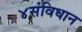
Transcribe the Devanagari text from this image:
४संविधान